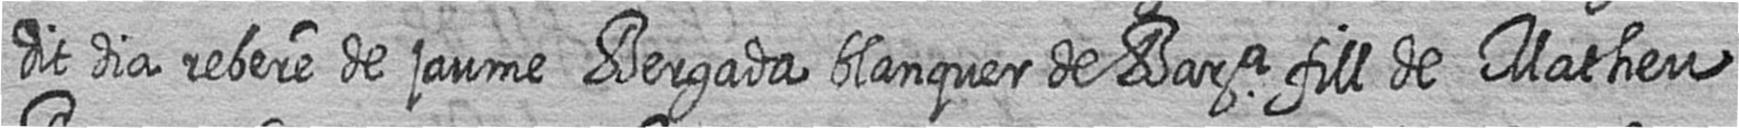
dit dia rebere de jaume Bergada blanquer de Bara fill de Matheu